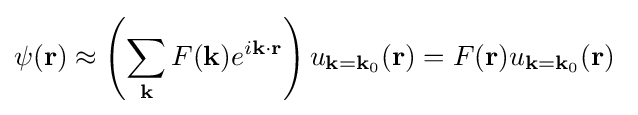
\psi (\mathbf {r} )\approx \left(\sum _{\mathbf {k} }F(\mathbf {k} )e^{i\mathbf {k\cdot r} }\right)u_{\mathbf {k} =\mathbf {k} _{0}}(\mathbf {r} )=F(\mathbf {r} )u_{\mathbf {k} =\mathbf {k} _{0}}(\mathbf {r} )\